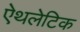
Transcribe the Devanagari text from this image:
ऐथलेटिक